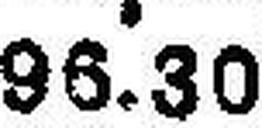
96.30